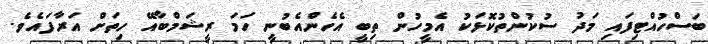
ބަސްހުއްޓިފައި މަދު ސުކުންތުކޮޅަކު އެމީހުން ތިބީ އެހެންއެބުނީ ހަމަ ރީޝަމްބާއޭ ހިތަށް އަރާފައެވެ.